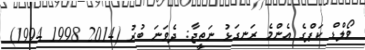
ވޯލްޑް ކަޕްގެ އެންމެ ރަނގަޅު ނަތީޖާ: ދެވަނަ ބުރު (2014 1998 1994)